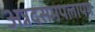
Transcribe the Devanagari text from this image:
अन्नदसमपलायम